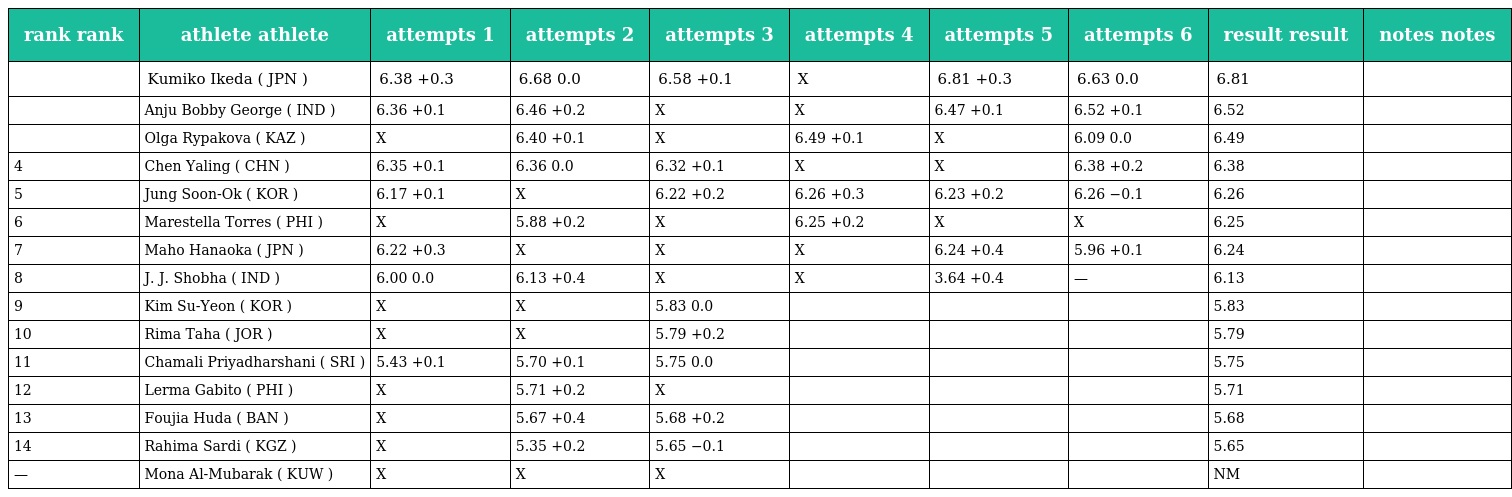
| rank rank | athlete athlete | attempts 1 | attempts 2 | attempts 3 | attempts 4 | attempts 5 | attempts 6 | result result | notes notes |
 | --- | --- | --- | --- | --- | --- | --- | --- | --- | --- |
 |  | Kumiko Ikeda ( JPN ) | 6.38 +0.3 | 6.68 0.0 | 6.58 +0.1 | X | 6.81 +0.3 | 6.63 0.0 | 6.81 |  |
 |  | Anju Bobby George ( IND ) | 6.36 +0.1 | 6.46 +0.2 | X | X | 6.47 +0.1 | 6.52 +0.1 | 6.52 |  |
 |  | Olga Rypakova ( KAZ ) | X | 6.40 +0.1 | X | 6.49 +0.1 | X | 6.09 0.0 | 6.49 |  |
 | 4 | Chen Yaling ( CHN ) | 6.35 +0.1 | 6.36 0.0 | 6.32 +0.1 | X | X | 6.38 +0.2 | 6.38 |  |
 | 5 | Jung Soon-Ok ( KOR ) | 6.17 +0.1 | X | 6.22 +0.2 | 6.26 +0.3 | 6.23 +0.2 | 6.26 −0.1 | 6.26 |  |
 | 6 | Marestella Torres ( PHI ) | X | 5.88 +0.2 | X | 6.25 +0.2 | X | X | 6.25 |  |
 | 7 | Maho Hanaoka ( JPN ) | 6.22 +0.3 | X | X | X | 6.24 +0.4 | 5.96 +0.1 | 6.24 |  |
 | 8 | J. J. Shobha ( IND ) | 6.00 0.0 | 6.13 +0.4 | X | X | 3.64 +0.4 | — | 6.13 |  |
 | 9 | Kim Su-Yeon ( KOR ) | X | X | 5.83 0.0 |  |  |  | 5.83 |  |
 | 10 | Rima Taha ( JOR ) | X | X | 5.79 +0.2 |  |  |  | 5.79 |  |
 | 11 | Chamali Priyadharshani ( SRI ) | 5.43 +0.1 | 5.70 +0.1 | 5.75 0.0 |  |  |  | 5.75 |  |
 | 12 | Lerma Gabito ( PHI ) | X | 5.71 +0.2 | X |  |  |  | 5.71 |  |
 | 13 | Foujia Huda ( BAN ) | X | 5.67 +0.4 | 5.68 +0.2 |  |  |  | 5.68 |  |
 | 14 | Rahima Sardi ( KGZ ) | X | 5.35 +0.2 | 5.65 −0.1 |  |  |  | 5.65 |  |
 | — | Mona Al-Mubarak ( KUW ) | X | X | X |  |  |  | NM |  |